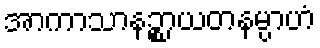
အာကာသာနဉ္စာယတနမ္ပာဟံ